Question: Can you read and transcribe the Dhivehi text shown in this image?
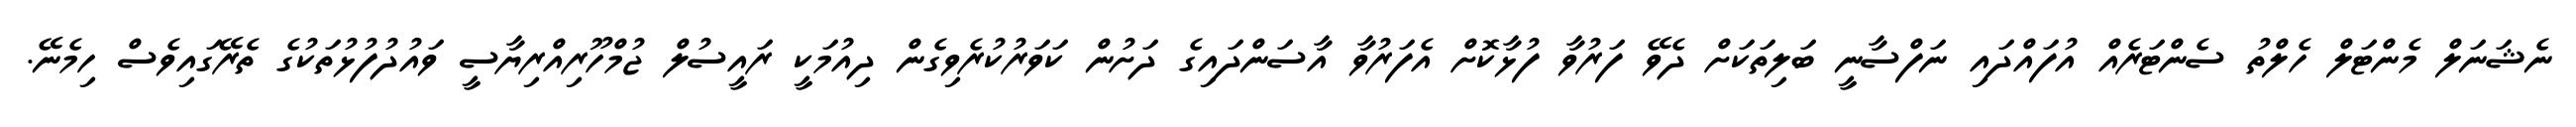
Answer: ނެޝަނަލް މެންޓަލް ހެލްތު ސެންޓަރެއް އުފައްދައި ނަފްސާނީ ބަލިތަކަށް ދެވޭ ފަރުވާ ފުޅާކޮށް އެފަރުވާ އާސަންދައިގެ ދަށުން ކަވަރުކުރެވިގެން ދިއުމަކީ ރައީސުލް ޖުމްހޫރިއްރިޔާސީ ވައުދުފުޅުތަކުގެ ތެރޭގައިވެސް ހިމެނޭ.